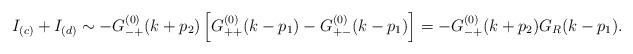
LaTeX: \begin{align*}I_{(c)}+I_{(d)}\sim -G_{-+}^{(0)}(k+p_2)\left[G_{++}^{(0)}(k-p_1)-G_{+-}^{(0)}(k-p_1)\right]=-G_{-+}^{(0)}(k+p_2)G_{R}(k-p_1) .\end{align*}